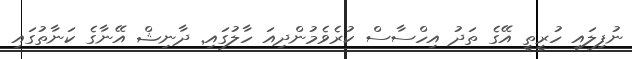
ނުފިލައި ހުރީތީ އޭގެ ތަދު އިހްސާސް ކުރެވެމުންދިއަ ހާލުގައި